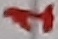
Text: 1